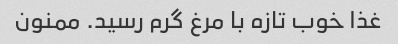
غذا خوب تازه با مرغ گرم رسید. ممنون